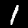
Digit: 1